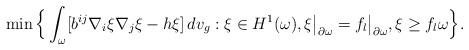
LaTeX: \begin{align*}\min \Big\{\int_\omega [b^{ij} \nabla_i \xi \nabla_j \xi - h\xi]\,dv_g: \xi \in H^1(\omega), \xi\big|_{\partial\omega} = f_l\big|_{\partial\omega}, \xi \geq f_l \omega\Big\}.\end{align*}